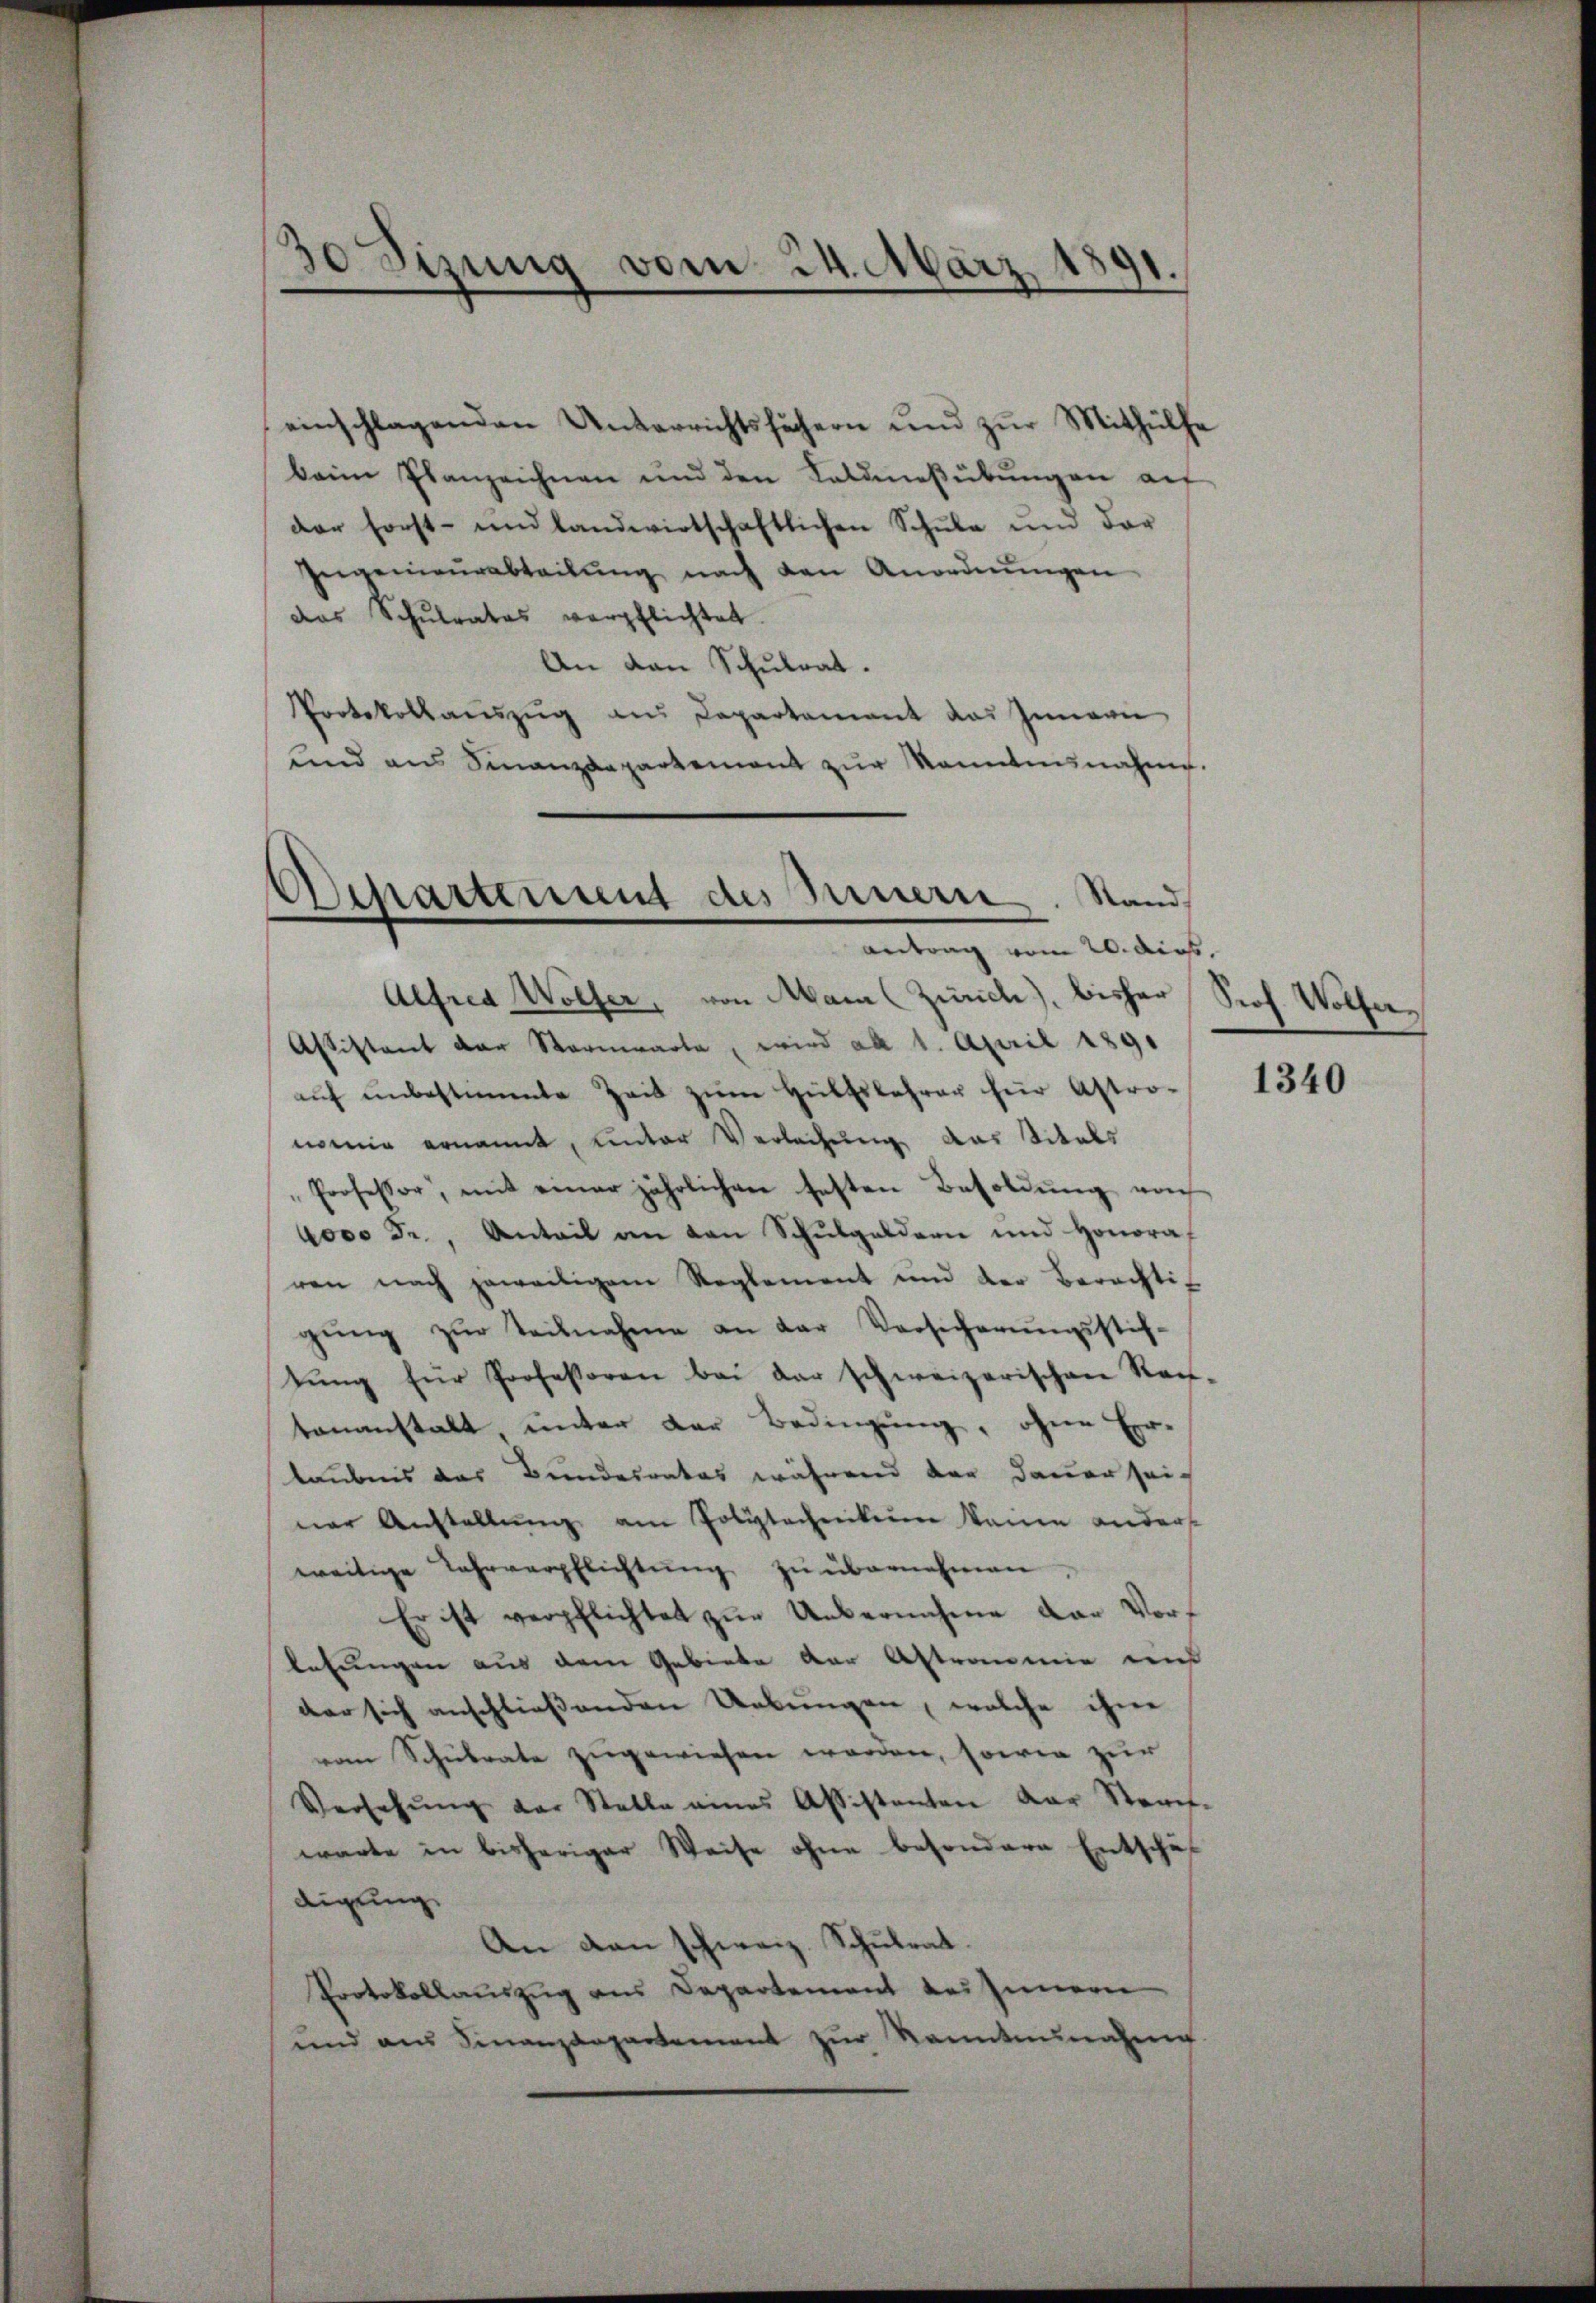
30 Sizung vom 24. März 18
-
e
e
.
e

antrag vom 20. Art.

einschlagenden Unterrichtsfächern und zŭr Mithülfe
beim Planzeichnen und den Saldmesübŭngen auf
der Forst- und landwirtschaftlichen Schule und dar
Ingenieŭrabteilung nach den Anordnungen
das Schŭlrates verpflichtet.
An den Schulrat.
Protokollaŭszŭg ans Departement das Innern
und aus Sinanzdepartement zŭr Kenntnisnahme.
Departement des Innern. Stand

Alfred Wölfer, von Mama (Zürich), bisher Prof. Wolfer,
Assistant der Vormwarte, wird ab 1. April 1891
aŭf ŭnbestimmte Zeit zŭm Hülfslehrer für Astro-
mmig ernannt, unter Verleihung das Vitals
Professor, mit einer jährlichen festen Besoldŭng von
4000 Fr., Anteil an den Schŭlgeldern und Honoraf
ren nach jeweiligem Reglement und der Berechtig
gŭng zŭr Teilnahme an der Versicherŭngsstif-
tŭng für Professoren bei der schweizerischen Kan-
tenanstalt unter der Bedingung, ohne Er-
laubens das Bundesrates während der Dauer sei
ner Anstellŭng am Polytechenkein keine anders
weitige Lehrverpflichtung zu übernehmen
Er ist verpflichtet zur Uebernehme der Vorf
lesungen aus dem Gebiete der Astromie und
der sich anschließenden Uebungen, welche ihne
vom Schulrate zugewiesen worden, sowie zur
Versetzŭng der Stelle eines Assistanten der Stauf-
warte in bisheriger Weise ohne besondere Entschäf
digung
An den schweiz. Schulrat.
Protokollauszug aus Departement des Innern
und ans Finanzdepartement zŭr kanntennalen

1340